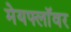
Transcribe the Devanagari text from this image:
मेयफ्लाॅवर